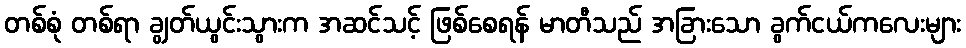
တစ်စုံ တစ်ရာ ချွတ်ယွင်းသွားက အဆင်သင့် ဖြစ်စေရန် မာတီသည် အခြားသော ခွက်ငယ်ကလေးများ